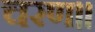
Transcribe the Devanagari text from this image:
चरण॥